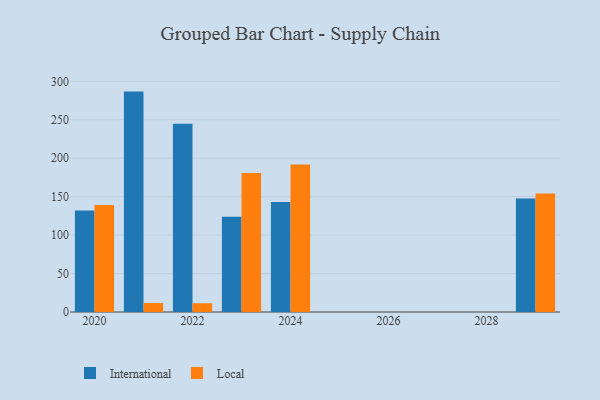
{"axis": {"x": "Year", "y": "Waste Production (Tons)"}, "legend": ["International", "Local"], "data": [{"x": "2024", "y": 142.9, "type": "International"}, {"x": "2024", "y": 191.7, "type": "Local"}, {"x": "2020", "y": 131.9, "type": "International"}, {"x": "2020", "y": 139.2, "type": "Local"}, {"x": "2021", "y": 286.6, "type": "International"}, {"x": "2021", "y": 11.7, "type": "Local"}, {"x": "2022", "y": 244.7, "type": "International"}, {"x": "2022", "y": 11.4, "type": "Local"}, {"x": "2023", "y": 124.0, "type": "International"}, {"x": "2023", "y": 180.8, "type": "Local"}, {"x": "2029", "y": 147.5, "type": "International"}, {"x": "2029", "y": 154.0, "type": "Local"}]}